Vital statistics of India. Vol. IV, Annual returns from 1871 to 1876. British Army of India, Native Army and jails of Bengal
Year: 1871
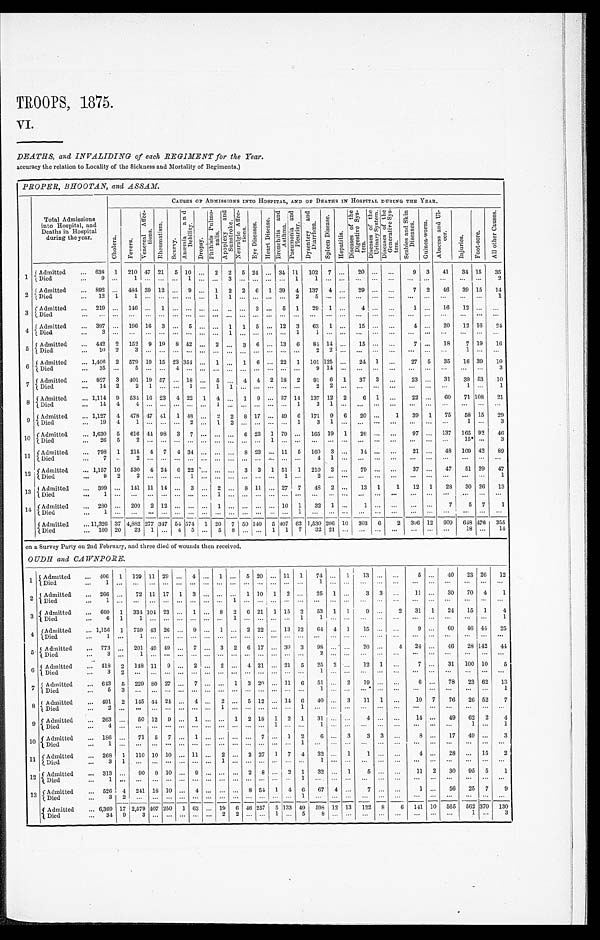
TROOPS, 1875.
VI.
DEATHS, and INVALIDING of each REGIMENT for the Year.
accuracy the relation to Locality of the Sickness and Mortality of Regiments.)
PROPER, BHOOTAN, and ASSAM
Total Admissions
into Hospital, and
Deaths in Hospital
during the year.
CAUSES OP ADMISSIONS INTO HOSPITAL, AND OP DEATHS IN HOSPITAL DURING TUE YEAR.
C h o l e r a .
F e v e r s .
V e n e r e a l A f f e c t i o n s .
R h e u m a t i s m .
S c u r v y .
A n œ m i a a n d D e b i l i t y .
D r o s y .
P h t h i s i s P u l m o n a l i s . A p o p l e x y a n d S u n s t r o k e . N e u r a l g i e A f f e c t i o n s .
E y e D i s e a s e s .
H e a t r D i s e a s e s . B r o n e h i t i s a n d A s t h m a . P n e u m o n i a a n d P l e u r i s y . D y s e n t e r y a n d D i a r r h œ a .
S p l e e n D i s e a s e .
H e p a t i t i s .
D i s e a s e s o f t h e D i g e s t i v e S y s t e m .
D i s e a s e s o f t h e U r i n a r y S y s t e m .
D i s e a s e s o f t h e G e n e r a t i v e S y s t e m .
S c a b i e s a n d S k i n D i s e a s e s .
G u i n e a - w o r m .
A b s c e s s a n d U l c e r .
I nj ur i e s . F o o t - s o r e . A l l o t h e r C a u s e s .
1 Admitted
... 638 1 210 47 21 5 10 ... 2 2 5 24 ... 31 11 102 7 ...
20 ... ...
9 3
41
31 15
35
Died
. . .
9 . . .
1
. . . . . . . . .
1 . . . . . . 3 . . .
. . . . . . ...
1
1 . . . ...
. . . ...
. . .
. . .
...
. . .
. . .
...
2
2 Admitted
... 892 ... 484 39 12 ... 9 .., 1 2 2 6 1 39 4 137 4 ...
29 ... ...
7 2
40
39 15
14
, Died
. . .
1 2 1
1
. . . . . . . . .
. . . ......
1 1
. . . . . . . . . ...
2
5 . . . ...
. . . ...
. . .
. . .
...
. . .
. . . ...
1
3 Admitted
... 219 ... 146 ... 1 ... ... ...
. . . ...
. . . 3 5
1
2 9 1 ...
4 ...
. . .
1 ...
16
12 ... ...
Died
. . .
. . . . . .
. . . . . . . . . . . .
. . . . . . . . . ... ...
. . . ... ... ...
. . .
. . . ... ... ... ...
... ... ...
... ... ...
4
Admitted
... 397 ... 196 16 3 ... 5 ... ... 1 1 5 ... 12 3
63 1 ...
15 ... ...
4 ...
20
12 16
24
Died
. . .
3 . . .
. . .
. . . . . . . . .
. . . . . . . . . 1
. . . . . . . . .
...
1
1 . . . ...
. . . ...
. . .
. . .
...
. . .
. . .
...
. . .
5 Admitted
. . . 442 2 152 9 19 8 42 ... 2 ... 3 6
. . . 13 6
84 14 ... 15 ...
. . .
7 ...
18
7 19
16
Died
. . .
1 0 2
3
. . . . . . . . .
. . . . . . . . . ...
. . . . . . . . .
...
. . .
2 2 ...
. . . ...
. . .
. . .
...
. . .
1 ...
. . .
6 Admitted
... 1,406 2 579 19 15 23 354 ... 1 ... 1 6 ... 22 1 101 125 ...
24 1 ...
27 5
35
16 39
10
Died
. . .
3 5 . . .
5
. . . . . . 4
. . . . . . . . . ...
. . . . . . . . .
...
. . .
9 1 4
...
. . . ... . . .
. . .
...
. . .
. . .
...
3
7 Admitted
... 827 3 401 19 57 ... 18 ... 5 . . . 4 4 2 18 2
91 6 1
37 3 ...
23 ...
31
39 53
10
Died
. . . 14 2
2 1
. . . . . . 1
1 1
. . . . . . . . .
...
. . .
2 2 ...
. . . ... . . .
. . .
...
. . . 1 ...
1
8 Admitted
... 1,114 9 534 16 23 4 22 1 4 ... 1 9 ... 87 14 137 12 2
6
...
22 ...
60
71 101
21
Died
. . .
1 4 4
4 . . . . . . . . .
. . . . . . 1 ...
. . . . . . . . .
...
1
3 1
. . . ... . . .
. . .
...
. . .
. . .
...
. . .
9 Admitted
... 1,127 4 478 47 41 1 48 ... 2 2 8 17 ... 49 6 171 9 6
20 ...
1
39 1
75
58 15
29
Died
. . . 19 4
1
. . . . . . . . . 2
. . . 1 2
. . . . . . . . .
...
1
3 1 ...
. . .
...
. . .
. . .
...
. . . 1 ...
3
10 Admitted
... 1,630 5 616 44 98 3 7 ... ... ... 6 23 1 79 ... 165 19 1
26 ... ...
97 ... 137 165 92
46
Died
. . .
2 6 5
2 . . . . . .
. . . . . . . . . . . .
...
. . . . . . 1 ...
. . .
. . . . . .
...
. . .
...
. . .
. . .
...
. . . 15* ...
3
11 Admitted
.
... 798 1 215 4 7 4 34 ... ... ... 8 23 ... 11 5 160 3 ...
14 ... ...
21 ...
43 109 42
89
Di ed
. . .
7 . . .
2
. . . . . .
. . . . . . . . . . . .
...
. . . . . . . . .
...
. . .
4 1 ...
. . .
...
. . .
. . .
...
. . .
. . .
...
. . .
12 Admitted
... 1,157 10 530 4 24 6 22 ... ... ... 3 3 1 51 1 210 2 ...
79 ... ...
37 ...
47
51 29
47
Died
. . . 9 2
2
. . . . . .
. . . 1
. . . . . .
...
. . . . . . . . . 1
. . . 2
. . .
...
. . .
...
. . .
. . .
...
. . .
. . .
...
1
1 3 Admitted
... 399 ... 141 11 14 ... 3 ... 2 ... 8 11 ... 27 7
48 2 ...
13 1
1
12 1
28 30 26
13
Died
...
1
. . .
. . . . . . . . . . . .
. . . . . . 1 ...
. . . . . . . . .
...
. . .
. . . . . .
...
. . . ...
. . .
. . .
...
. . .
. . .
...
. . .
1 4 Admitted
... 280 ... 200 2 12 ... ... ... 1 ... ... ... ... 10 1
32 1 ...
1 ...
. . .
. . .
...
7
5 7
1
Died
..
1
. . .
. . . . . . . . .
. . . . . . . . . . . .
...
. . . . . . . . .
...
1
. . . . . .
...
. . . ...
. . .
. . .
...
. . .
. . .
...
. . .
. Admitted
... 11,326 37 4,882 277
3 4 7 5 4
5 7 4 1 20 7 50 140 5 407 62 1,530 2 0 6 10 303 . 6
2 306 12 609 648 476 355
D i e d
. . .
1 6 0 2 0
2 3 1 . . .
4 5 . . .
5 8
. . . . . . 1 1
7
3 2 2 1
...
. . .
...
. . .
. . .
...
. . .
1 8
...
1 4
on a Survey Party on 2nd February, and three died of wounds then received.
OUDH and CAWNPORE.
1 Admitted
... 406 1 129 11 29 ... 4 ... 1 ... 5 20 ... 11
1 74 ... 1
13 ... ...
5 ...
40
23 26
12
Died
. . .
1 . . .
. . . . . . . . . . . . . ...
. . . . . . . . . . . . . . . . . . . . . . . .
1 ... ... ... ...
...
. . .
...
. . .
. . .
...
. . .
2 Admitted
... 266 ...
72 11 17 1 3 ... ... ... 1 10 1 2 ...
25 1 ...
3 3 ...
11 ...
30
70 4
1
Died
1 . . .
. . . . . . . . . . . . ...
. . . . . . 1 . . . . . . . . . . . . . . .
. . . . . .
...
. . . . . . ...
. . .
...
. . .
. . .
...
. . .
3 Admitted
... 660 1 334 104 23 ... 1 ...
8 2 6 21 1 15 2
53 1 1
9 ...
2
31 1
24
15 1
4
Died
6 1
1
. . . . . . . . . ...
. . . . . .
1 . . . . . . . . . . . . 1
1 ... ... ... ... ...
. . .
...
. . .
. . .
...
1
4
Admitted
... 1,156 1 759 43 26 ... 9 ... 1 ... 2 22 ... 13 12
64 4 1
15 ... ...
9 ...
60
46 44
25
Died
. . .
6 . . .
1
. . . . . . . . . ...
. . . . . . . . . . . . . . . . . . . . . . . .
. . . . . .
...
. . . . . . ...
. . .
...
. . .
. . .
...
. . .
5 Admitted
... 773
. . . 201 49 49 ... 7 ... 3 2 6 17 ... 30 3
98 ... ' ...
20 ...
4
24 ...
46
28 142 44
Died
. . .
3 . . .
1
. . . . . . . . . ...
. . . . . . . . . . . . . . . . . . . . . . . .
. . . . . .
...
. . . . . .
...
. . .
...
. . .
. . .
...
. . .
6 Admitted
. . . 418
2 148 11 9
2
. . . 2 ... 4 21 .. 21 5
25 2
...
12 1 ...
7
...
31 100 10
5
Died
. . . . . .
3 2
. . . . . . . . . ... ... ... . . .
. . . . . . . . . . . . . . . . . .
1 . . . ...
. . . . . . ...
. . . ...
. . .
. . .
...
. . .
7 Admitte
... 643
5 229 80 27
7
. . . ... 1 3 20 ... 11 6
51 ... 2
19 ... ...
6 ...
7 8
2 3
62
13
Died
...
5
3 ... ... ...
...
... ...
...
... ... ... ... ... ... ... ...
1 . . . . . .
. . . . . . ... ... . . . . . . ...
. . . . . .
1
8 Admitted
... 491 2 145 44 24 ... 4 ... 2 ...
5 1 2 . . . 1 4 6 40 ... 3
11 1 ...
10 7
76
26 52
7
Died
. . .
2 . . .
. . . . . . . . . . . . ...
. . . 1 . . . . . . . . . . . . . . . . . .
. . . . . .
...
. . . . . . ...
. . .
...
. . .
. . .
...
. . .
9 Admitted
... 263 ...
50 12 9 ... 1 ... ... 1 2 18 1 2 1
31 ... ...
4
. . . ... 14 ...
49
62 2
4
Died
. . .
4 . . .
. . . . . . . . . . . . ...
. . . . . . . . . . . . . . . 1 . . . . . .
1 . . .
...
. . . . . . ...
. . .
...
. . .
1 ...
1
10 Admitted
... 186 ... 71 5 7 ... 1
. . . . . .
........... . . . 7 ... 1 2
6 ... 3
3 3 ...
8 ...
17
49 ...
3
Died
. . .
1 . . .
. . . . . . . . . . . . ...
. . . . . . . . . . . . . . . . . . . . . 1
. . . . . .
...
. . . . . . ...
. . .
...
. . .
. . .
...
. . .
11 Admitted
... 268 1 110 10 10 ... 11 ... 2 ... 2 27 1 7 4
32 ... 1
1 . . . ...
4 ...
28 ... 15
2
Died
. . .
3 1
. . . . . . . . . . . . ...
. . . 1 . . . . . . . . . . . . . . . . . .
1 . . .
...
. . . . . . ...
. . .
...
. . .
. . . ...
. . .
12 Admitted
... 313 ...
90 9 10 ... 9
. . .
........
. . . 2 8 ... 2 1
32 ... 1
5 ...
. . .
11 2
30
95 5
1
Died
. . .
1 . . .
. . . . . . . . . . . . ...
. . . . . . . . . . . . . . . . . . . . . 1
. . . . . .
...
. . . . . . ...
. . .
...
. . .
. . .
...
. . .
13 Admitted
... 526 4 241 18 10 ... 4 ... ... ... 8 54 1 4 6
67 4 ...
. . . . . . ...
1 ...
56
25 7
9
Died
. . .
3 2
. . . . . . . . . . . . ...
. . . . . . . . . . . . . . . . . . . . . 1
. . . . . .
...
. . . . . . ...
. . .
...
. . .
. . .
...
. . .
Admitted
6,3691 17 2,579 4 0 7 250 1
63.
. . . 19 6 46 257 5 133 49 598 12 13 122 8
6 141 10 565 562
370
130
D
1ied
::: 34
9
3
. . . . . . . . .
...
. . .
2
2
. . . . . .
1
. . .
5
8
. . .
...
. . . . . . ...
. . .
...
. . .
1
3